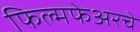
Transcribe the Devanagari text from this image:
फिल्मफेअरचे